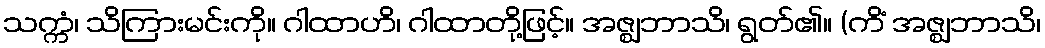
သက္ကံ၊ သိကြားမင်းကို။ ဂါထာဟိ၊ ဂါထာတို့ဖြင့်။ အဇ္ဈဘာသိ၊ ရွတ်၏။ (ကိံ အဇ္ဈဘာသိ၊